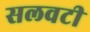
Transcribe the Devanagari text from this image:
सलवटी